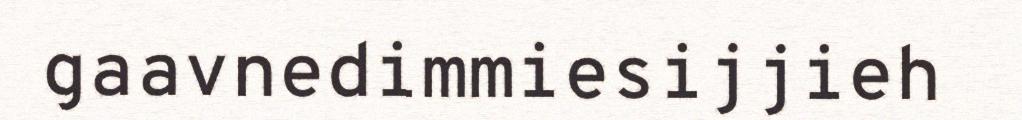
gaavnedimmiesijjieh